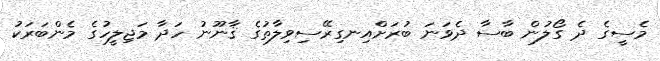
މެސީގެ ދެ ގޯލުން ބާސާ ދެވަނަ ބުރަށްއިނގިރޭސިވިލާތުގެ ޤާނޫނު ހަދާ މަޖިލީހުގެ މެންބަރަކު